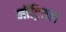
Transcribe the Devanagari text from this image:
मॉट्रियल